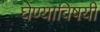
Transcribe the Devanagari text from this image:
घेण्‍याविषयी